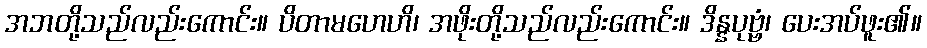
အဘတို့သည်လည်းကောင်း။ ပိတာမဟေဟိ၊ အဖိုးတို့သည်လည်းကောင်း။ ဒိန္နပုဗ္ဗံ၊ ပေးအပ်ဖူး၏။